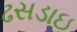
ઢસડાઇ